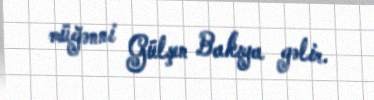
müğənni Gülşen Bakıya gəlir.